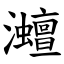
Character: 灗